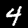
Digit: 4